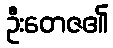
ဦးတေဇ၏